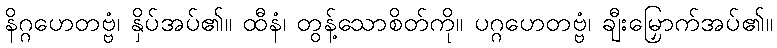
နိဂ္ဂဟေတဗ္ဗံ၊ နှိပ်အပ်၏။ ထီနံ၊ တွန့်သောစိတ်ကို။ ပဂ္ဂဟေတဗ္ဗံ၊ ချီးမြှောက်အပ်၏။